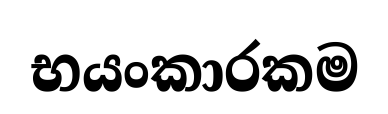
භයංකාරකම